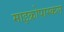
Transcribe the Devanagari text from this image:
माइक्रोपास्कल